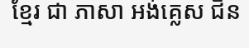
ខ្មែរ ជា ភាសា អង់គ្លេស ជីន